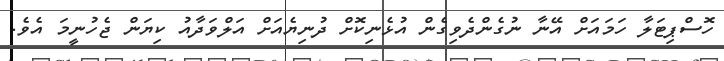
ހޮސްޕިޓަލާ ހަމައަށް އޭނާ ނުގެންދެވިގެން އުޅެނިކޮށް ދުނިޔެއަށް އަލްވަދާއު ކިޔަން ޖެހުނީމަ އެވެ.